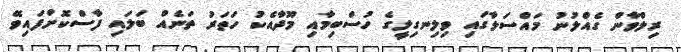
ރިލްވާން ގެއްލުނު މައްސަލާގައި ވިލިނގިލީގެ ހުސްބިމާއި މޫދާއެކު ހަތަރު ތަނެއް ބަލައި ފާސްކޮށްފައިވޭ